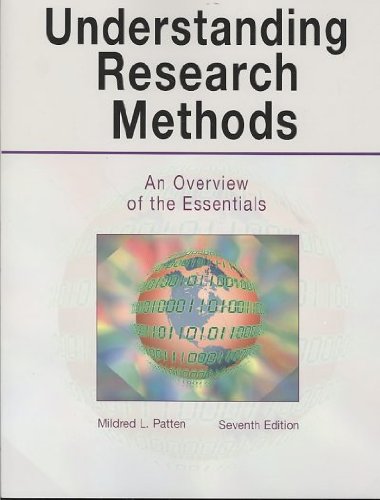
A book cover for Understanding Research Methods: An Overview of Essentials; Mildred L. Patten; Medical Books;